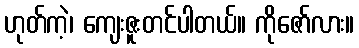
ဟုတ်ကဲ့၊ ကျေးဇူးတင်ပါတယ်။ ကိုဇော်လား။